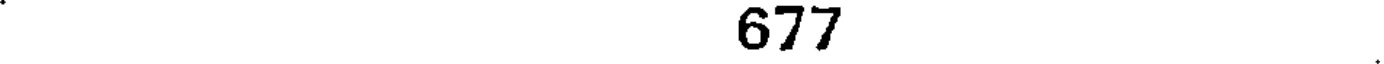
677